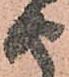
由